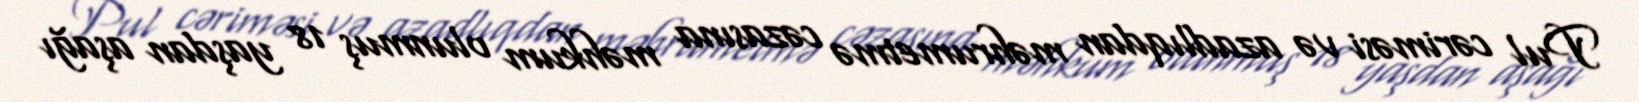
Pul cəriməsi və azadlıqdan məhrumetmə cəzasına məhkum olunmuş 18 yaşdan aşağı